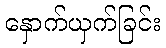
နှောက်ယှက်ခြင်း